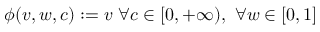
\phi ( v , w , c ) : = v \, \, \forall c \in [ 0 , + \infty ) , \, \, \forall w \in [ 0 , 1 ]